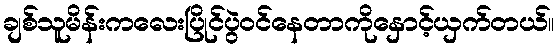
ချစ်သူမိန်းကလေးပြိုင်ပွဲဝင်နေတာကိုနှောင့်ယှက်တယ်။